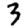
Digit: 3